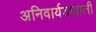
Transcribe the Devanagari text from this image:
अनिवार्यतावाली